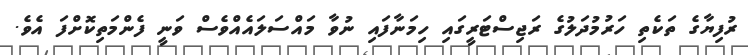
ރުފިޔާގެ ތަކެތި ހަރުމުދަލުގެ ރަޖިސްޓަރީގައި ހިމަނާފައި ނުވާ މައްސަލައެއްވެސް ވަނީ ފެންމަތިކޮށްފަ އެވެ.